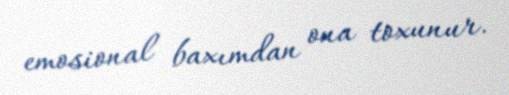
emosional baxımdan ona toxunur.